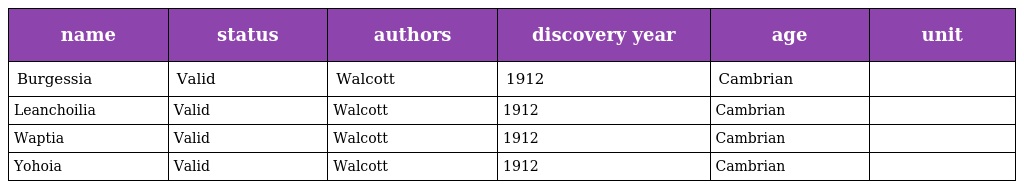
| name | status | authors | discovery year | age | unit |
 | --- | --- | --- | --- | --- | --- |
 | Burgessia | Valid | Walcott | 1912 | Cambrian |  |
 | Leanchoilia | Valid | Walcott | 1912 | Cambrian |  |
 | Waptia | Valid | Walcott | 1912 | Cambrian |  |
 | Yohoia | Valid | Walcott | 1912 | Cambrian |  |